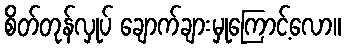
စိတ်တုန်လှုပ် ချောက်ချားမှုကြောင့်လော။